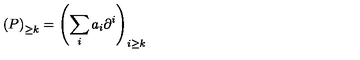
\left( P \right) _ { \geq k } = \left( \sum _ { i } a _ { i } \partial ^ { i } \right) _ { i \geq k }